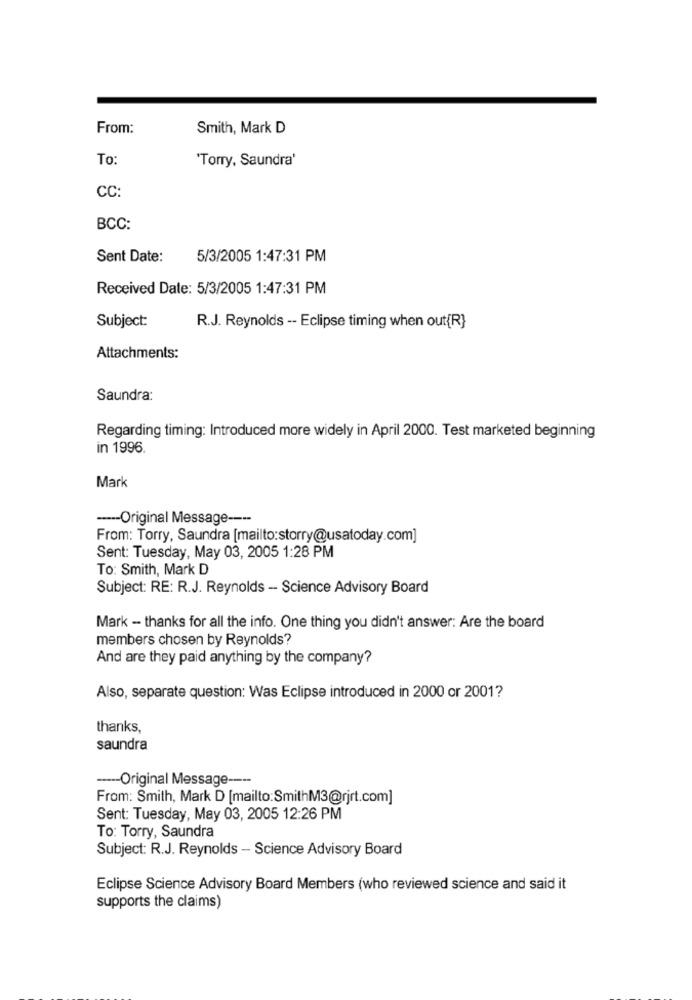
From:
Smith, Mark D
To:
'Torry, Saundra'
CC:
BCC:
Sent Date:
5/3/2005 1:47:31 PM
Received Date: 5/3/2005 1:47:31 PM
Subject:
R.J. Reynolds -- Eclipse timing when out{R}
Attachments:
Saundra:
Regarding timing: Introduced more widely in April 2000. Test marketed beginning
in 1996.
Mark
----- Original Message ----
From: Torry, Saundra [mailto:storry@usatoday.com]
Sent: Tuesday, May 03, 2005 1:28 PM
To: Smith, Mark D
Subject: RE: R.J. Reynolds - Science Advisory Board
Mark - thanks for all the info. One thing you didn't answer: Are the board
members chosen by Reynolds?
And are they paid anything by the company?
Also, separate question: Was Eclipse introduced in 2000 or 2001?
thanks,
saundra
----- Original Message ----
From: Smith, Mark D [mailto:SmithM3@rjrt.com]
Sent: Tuesday, May 03, 2005 12:26 PM
To: Torry, Saundra
Subject: R.J. Reynolds - Science Advisory Board
Eclipse Science Advisory Board Members (who reviewed science and said it
supports the claims)